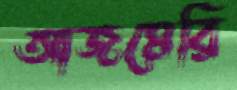
আজমেরি